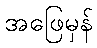
အဖြေမှန်